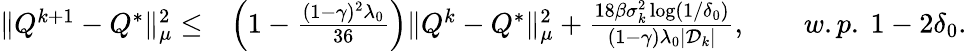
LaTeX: \begin{array}{rl}{\| Q^{k+1}-Q^{*}\| _{\mu}^{2}\leq}&{\left(1-\frac{(1-\gamma)^{2}\lambda_{0}}{36}\right)\| Q^{k}-Q^{*}\| _{\mu}^{2}+\frac{18\beta\sigma_{k}^{2}\log(1/\delta_{0})}{(1-\gamma)\lambda_{0}|\mathcal{D}_{k}|},\qquad w.p.\ 1-2\delta_{0}.}\end{array}